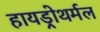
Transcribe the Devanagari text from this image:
हायड्रोथर्मल